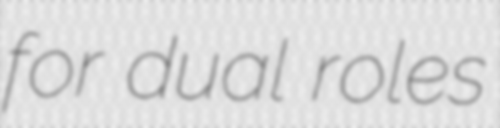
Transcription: for dual roles